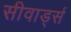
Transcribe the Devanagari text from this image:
सीवार्ड्स